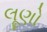
લૂણો